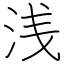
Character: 浅